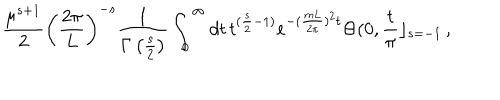
\frac { \mu ^ { s + 1 } } { 2 } \left( \frac { 2 \pi } { L } \right) ^ { - s } \frac { 1 } { \Gamma \left( \frac { s } { 2 } \right) } \int _ { 0 } ^ { \infty } d t \, t ^ { ( \frac { s } { 2 } - 1 ) } e ^ { - ( \frac { m L } { 2 \pi } ) ^ { 2 } t } \Theta ( 0 , \frac { t } { \pi } \rfloor _ { s = - 1 } \, ,